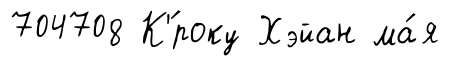
704708 К'́року Хэйан ма́я